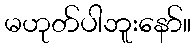
မဟုတ်ပါဘူးနော်။